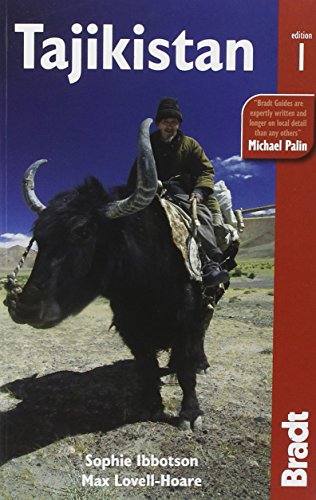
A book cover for Tajikistan (Bradt Travel Guide Peruvian Wildlife); Sophie Ibbotson; Travel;